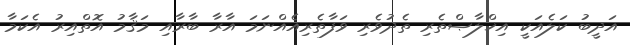
އަދީބު ކަލެއަކީ އިޚްލާޞްތެރި ތެދުވެރި ވަފާތެރިއެއްނަމަ އާރާ ބާރާއި މަޤާމު އޮތްއިރު އެކަމާ